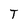
Character: T